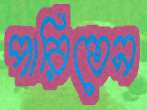
পারিতেন